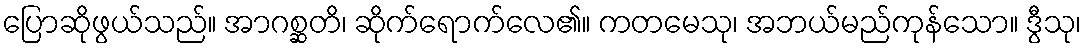
ပြောဆိုဖွယ်သည်။ အာဂစ္ဆတိ၊ ဆိုက်ရောက်လေ၏။ ကတမေသု၊ အဘယ်မည်ကုန်သော။ ဒွီသု၊